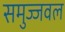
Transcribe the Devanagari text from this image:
समुज्जवल